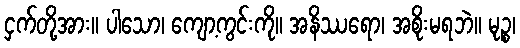
ငှက်တို့အား။ ပါသော၊ ကျော့ကွင်းကို။ အနိဿရော၊ အစိုးမရဘဲ။ မုဉ္စ၊